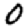
Digit: 0